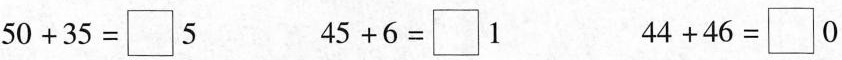
$$5 0 + 3 5 = {\Box } 5$$ $$4 5 + 6 = {\Box } 1$$ $$4 4 + 4 6 = {\Box } 0$$